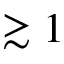
\gtrsim 1